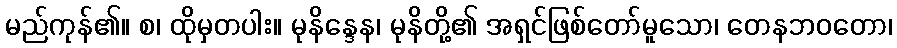
မည်ကုန်၏။ စ၊ ထိုမှတပါး။ မုနိန္ဒေန၊ မုနိတို့၏ အရှင်ဖြစ်တော်မူသော၊ တေနဘဝတော၊